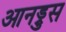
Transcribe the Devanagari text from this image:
आनड्रुस